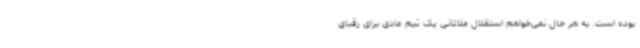
بوده است. به هر حال نمی‌خواهم استقلال ملاثانی یک تیم عادی برای رقبای